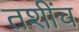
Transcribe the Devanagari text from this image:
तशींच